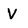
Character: V